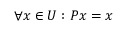
\forall x \in U : P x = x